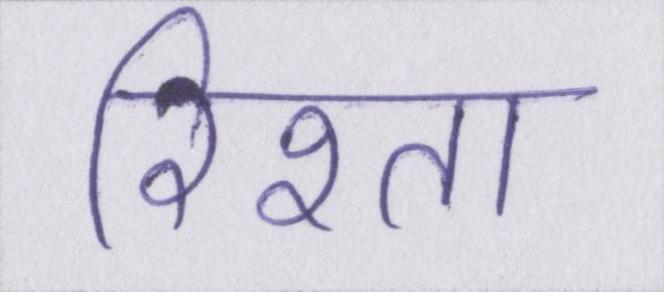
रिश्ता